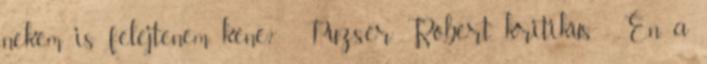
nekem is felejtenem kéne?” Puzsér Róbert, kritikus „Én a